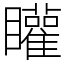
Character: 矔